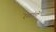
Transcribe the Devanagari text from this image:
रेखांतों